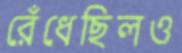
রেঁধেছিলও